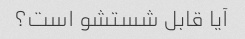
آیا قابل شستشو است؟